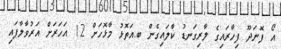
އޯ ފޮނަދޫ ފިހާރައިގެ ލާރިގަނޑު ކާލައިގެން ބ.އަތޮޅު މާޅޮހަށް 12 އަހަރަށް އަރުވާލާފައި